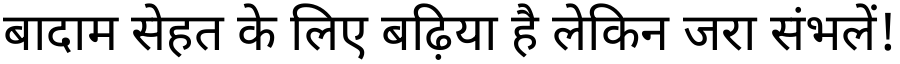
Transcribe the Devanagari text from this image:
बादाम सेहत के लिए बढ़िया है लेकिन जरा संभलें!